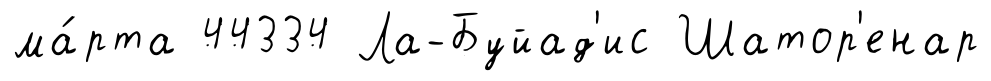
ма́рта 44334 Ла-Буйад'ис Шатор'енар